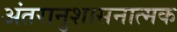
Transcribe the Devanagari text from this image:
अंतरानुशासनात्मक